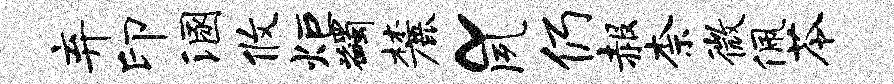
弃印溷攸炬蠲麓~夙仍赧柰微佩苓